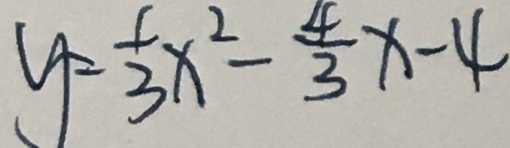
y = \frac { 1 } { 3 } x ^ { 2 } - \frac { 4 } { 3 } x - 4